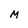
Character: M